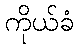
ကိုယ်ခံ